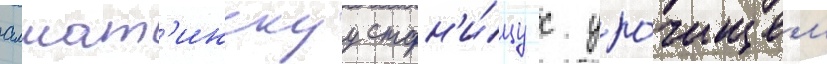
алмат'инскуу стан'и́цу с уро́чищем